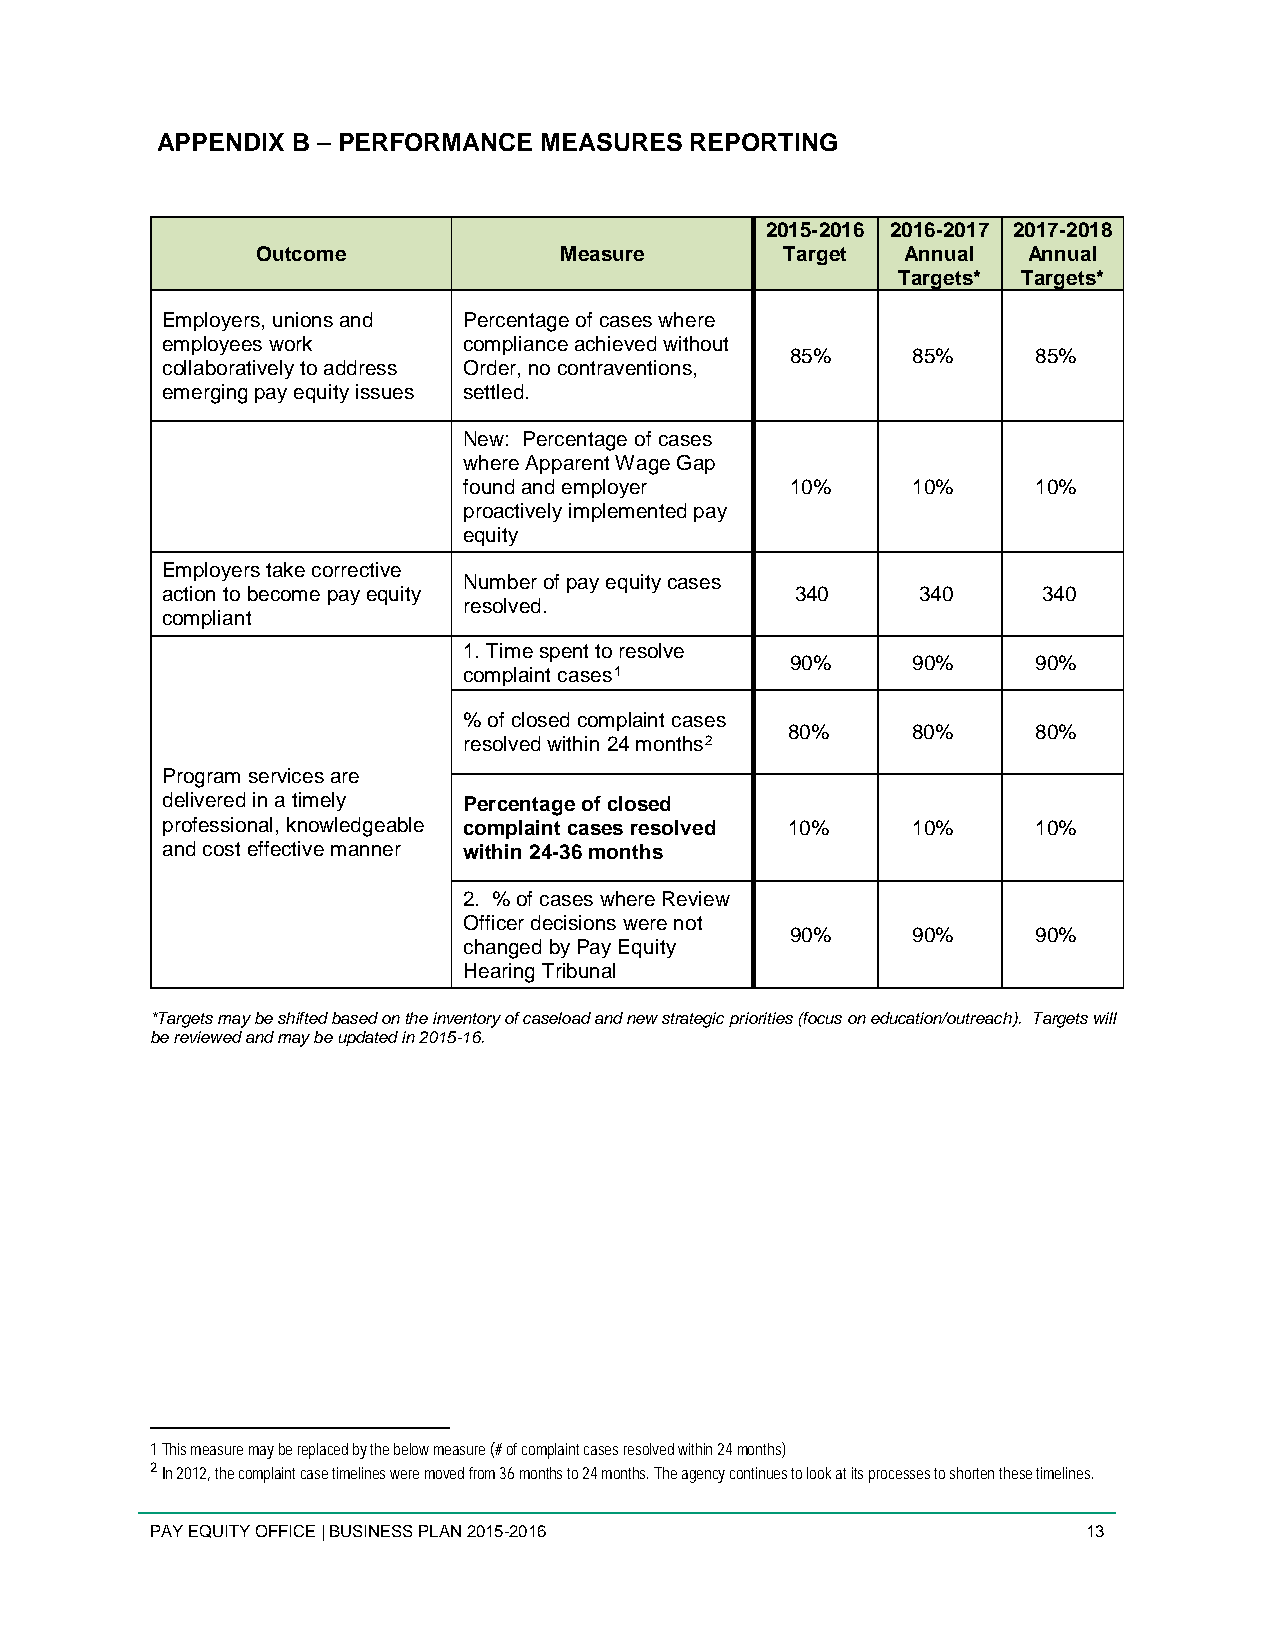
APPENDIX B – PERFORMANCE  MEASURES  REPORTING
 2015-2016 2016-2017 2017-2018
 Outcome             Measure        Target  Annual  Annual
 Targets* Targets*
 Employers, unions and Percentage of cases where
 employees work      compliance achieved without
 85%     85%      85%
 collaboratively to address Order, no contraventions,
 emerging pay equity issues settled.
 New: Percentage of cases
 where Apparent Wage Gap
 found and employer   10%     10%      10%
 proactively implemented pay
 equity
 Employers take corrective
 Number of pay equity cases
 action to become pay equity               340     340     340
 resolved.
 compliant
 1. Time spent to resolve
 90%     90%      90%
 complaint cases1
 % of closed complaint cases
 80%     80%      80%
 resolved within 24 months2
 Program services are
 delivered in a timely Percentage of closed
 professional, knowledgeable complaint cases resolved 10% 10% 10%
 and cost effective manner within 24-36 months
 2. % of cases where Review
 Officer decisions were not
 90%     90%      90%
 changed by Pay Equity
 Hearing Tribunal
 *Targets may be shifted based on the inventory of caseload and new strategic priorities (focus on education/outreach). Targets will
 be reviewed and may be updated in 2015-16.
 1 This measure may be replaced by the below measure (# of complaint cases resolved within 24 months)
 2 In 2012, the complaint case timelines were moved from 36 months to 24 months. The agency continues to look at its processes to shorten these timelines.
 PAY EQUITY OFFICE | BUSINESS PLAN 2015-2016                   13